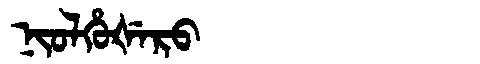
Manchu: ᠨᡳᠣᠯᡥᡠᡧᡝᡵᠣ
Romanization: NIOLHUŠERO